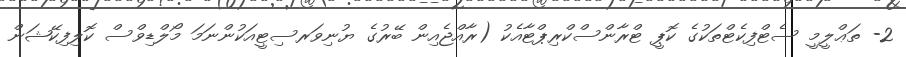
2- ތަޢްލީމީ ސެޓްފިކެޓްތަކުގެ ކޮޕީ ޓްރާންސްކްރިޕްޓާއެކު (ރާއްޖެއިން ބޭރުގެ ޔުނިވަރސިޓީއަކުންނަމަ މޯލްޑިވްސް ކޮލިފިކޭޝަން